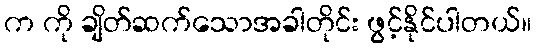
က ကို ချိတ်ဆက်သောအခါတိုင်း ဖွင့်နိုင်ပါတယ်။